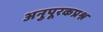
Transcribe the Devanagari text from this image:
अनुपूरकप्रश्न